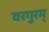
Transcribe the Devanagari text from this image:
वरगुरम्